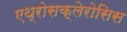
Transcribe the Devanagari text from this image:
एथ्रोसक्लेरोसिस